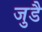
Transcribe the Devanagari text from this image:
जुडै